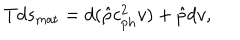
T d s _ { \mathrm { m a t } } = d ( \hat { \rho } c _ { \mathrm { p h } } ^ { 2 } v ) + \hat { p } d v ,